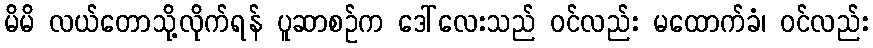
မိမိ လယ်တောသို့လိုက်ရန် ပူဆာစဉ်က ဒေါ်လေးသည် ဝင်လည်း မထောက်ခံ၊ ဝင်လည်း